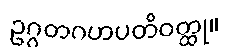
ဥဂ္ဂတဂဟပတိဝတ္ထု။